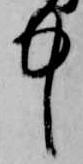
中